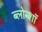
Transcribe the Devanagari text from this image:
ब्लोन्शॉ